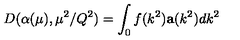
D ( \alpha ( \mu ) , \mu ^ { 2 } / Q ^ { 2 } ) = \int _ { 0 } f ( k ^ { 2 } ) \mathbf { a } ( k ^ { 2 } ) d k ^ { 2 }